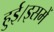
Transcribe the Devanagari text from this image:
हुई।इसमें